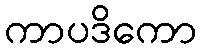
ကာပဒိကော